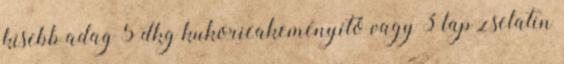
kisebb adag 5 dkg kukoricakeményítő vagy 3 lap zselatin